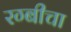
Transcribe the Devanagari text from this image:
रग्बीचा